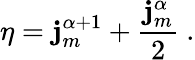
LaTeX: \eta=\mathbf{j}_{m}^{\alpha+1}+\frac{{\mathbf{j}_{m}^{\alpha}}}{{2}}\ .